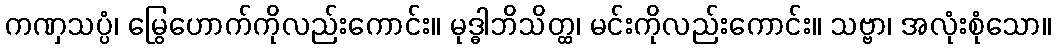
ကဏှသပ္ပံ၊ မြွေဟောက်ကိုလည်းကောင်း။ မုဒ္ဓါဘိသိတ္ထ၊ မင်းကိုလည်းကောင်း။ သဗ္ဗာ၊ အလုံးစုံသော။